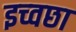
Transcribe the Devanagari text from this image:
इच्वछा